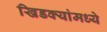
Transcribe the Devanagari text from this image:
खिडक्यांमध्ये